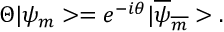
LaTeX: \Theta | { \psi } _ { m } > = e ^ { - i \theta } | { \overline { { { \psi } } } } _ { \overline { { { m } } } } > .